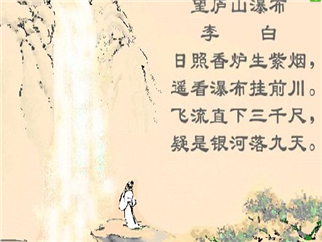
日照香炉生紫烟，遥看瀑布挂前川。